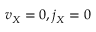
v _ { X } = 0 , j _ { X } = 0